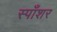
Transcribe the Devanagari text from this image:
स्पाँशर